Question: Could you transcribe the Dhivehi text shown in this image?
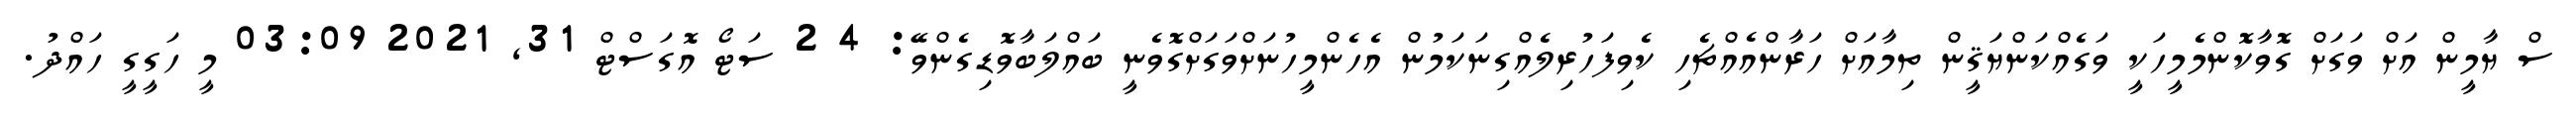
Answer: ސް ޔާމީން އަށް ވަގަށް ގޮވާކޮންމެމީހަކީ ވަގެއްކަންޔަޤީން ތިމާއަށް ހަރާންއެއްޗެހި ކެވިފަހުރިލެއްގިނަކަމުން އެހެންމީހުނަށްވަގަށްގޮވެނީ ބައްލަބާވޮޑިގެންވޭ: 4 2 ސަޓޯ އޮގަސްޓް 31, 2021 03:09 މީ ހަގީގީ ހައްދު.